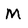
Character: M